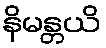
နိမန္တယိ